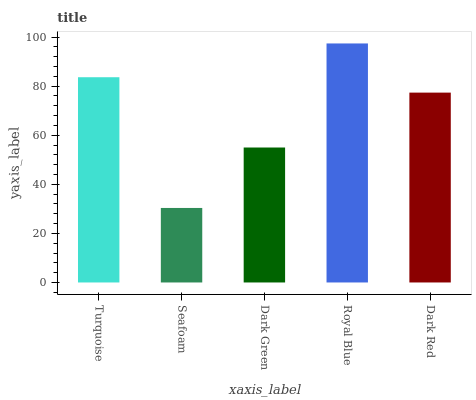
| xaxis_label | bars |
 | --- | --- |
 | Turquoise | 83.6 |
 | Seafoam | 30.4 |
 | Dark Green | 55 |
 | Royal Blue | 97.4 |
 | Dark Red | 77.4 |